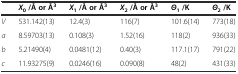
<table><thead><tr><td></td><td><b><i>X</i><sub>0</sub>/Å or Å<sup>3</sup></b></td><td><b><i>X</i><sub>1</sub>/Å or Å<sup>3</sup></b></td><td><b><i>X</i><sub>2</sub>/Å or Å<sup>3</sup></b></td><td><b><i>Θ</i><sub>1</sub>/K</b></td><td><b><i>Θ</i><sub>2</sub>/K</b></td></tr></thead><tbody><tr><td><i>V</i></td><td>531.142(13)</td><td>12.4(3)</td><td>116(7)</td><td>101.6(14)</td><td>773(18)</td></tr><tr><td><i>a</i></td><td>8.59703(13)</td><td>0.108(3)</td><td>1.52(16)</td><td>118(2)</td><td>936(33)</td></tr><tr><td><i>b</i></td><td>5.21490(4)</td><td>0.0481(12)</td><td>0.40(3)</td><td>117.1(17)</td><td>791(22)</td></tr><tr><td><i>c</i></td><td>11.93275(9)</td><td>0.0246(16)</td><td>0.090(8)</td><td>48(2)</td><td>431(33)</td></tr></tbody></table>